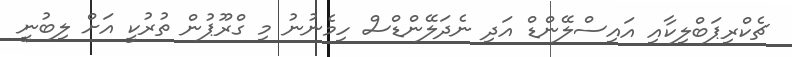
ޗެކްރިޕަބްލިކާއި އައިސްލޭންޑް އަދި ނެދަލޭންޑްސް ހިމެނުނު މި ގްރޫޕުން ތުރުކީ އަށް ލިބުނީ